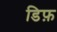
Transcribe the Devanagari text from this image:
डिफ़